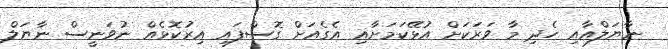
ނާޔަލްއާއި ހެދި މާ ވަރަކަށް އުޅޭކަމަށާއި އެގެއަށް ގޮސްފައި އިރުކޮޅެއް ނުވަނީސް ނާޔަލް